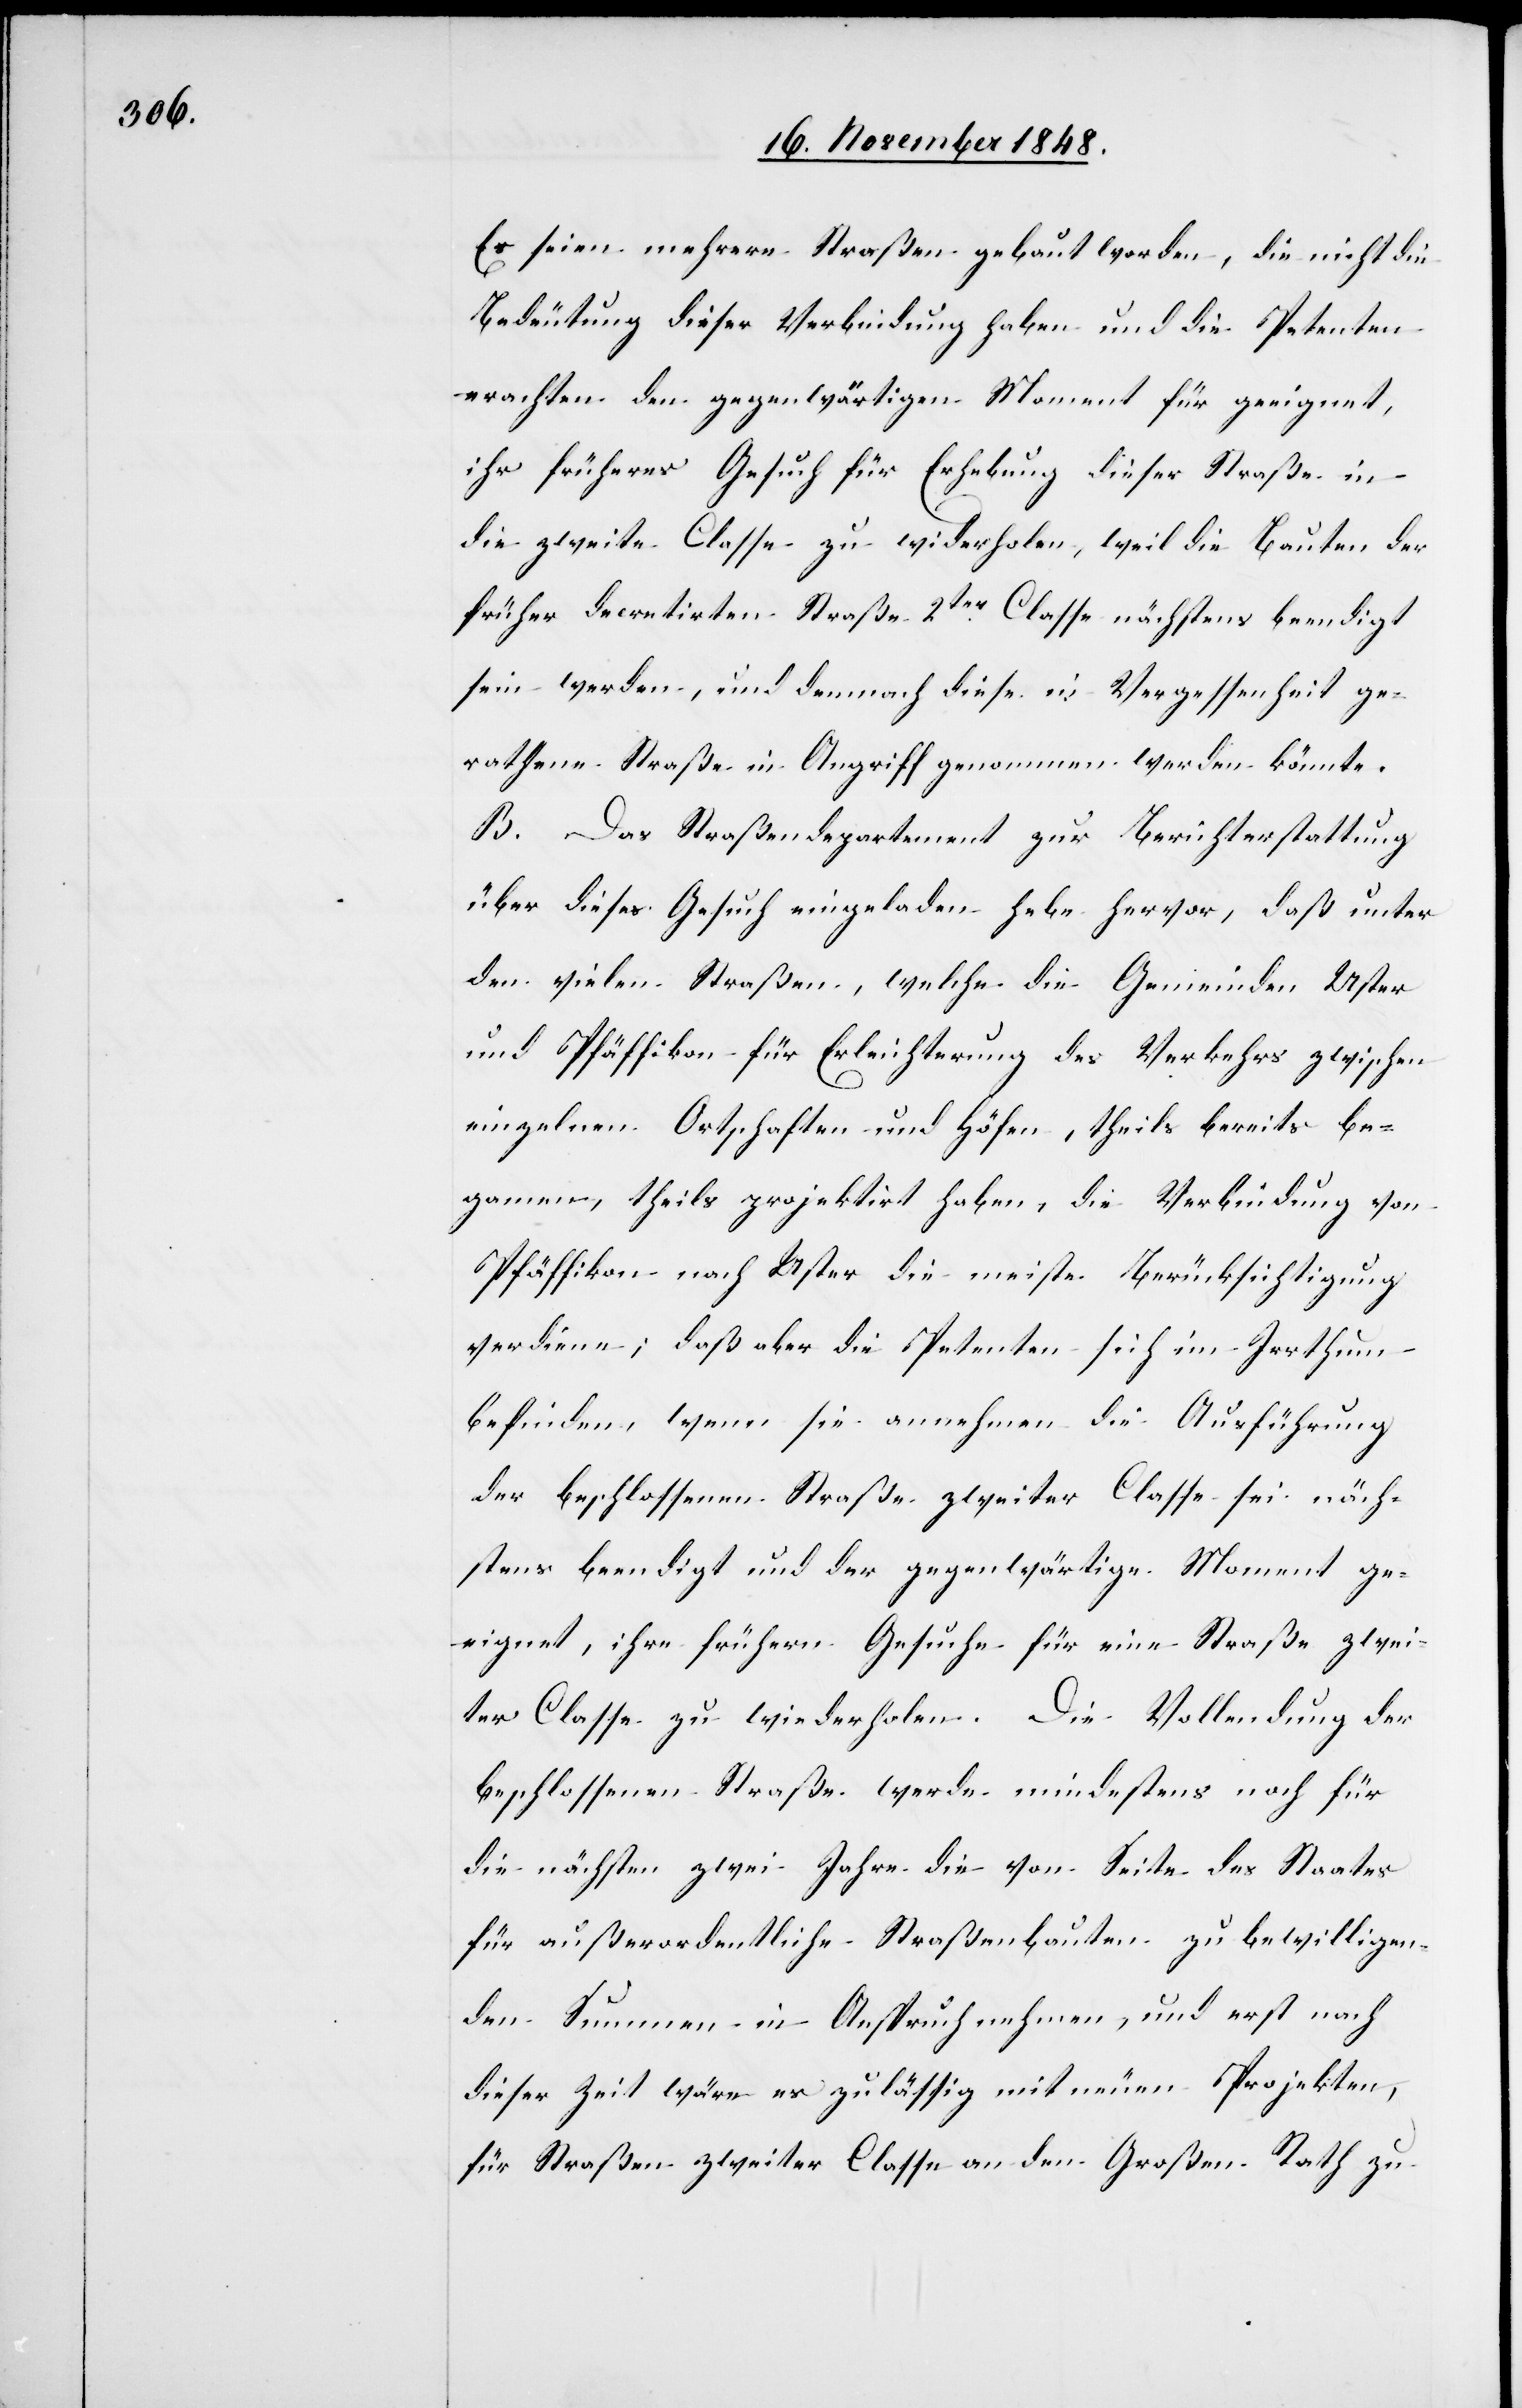
Es seien mehrere Straßen gebaut worden, die nicht die
Bedeutung dieser Verbindung haben und die Petenten
erachten den gegenwärtigen Moment für geeignet,
ihr früheres Gesuch der Erhebung dieser Straße in
die zweite Classe zu widerholen, weil die Bauten der
früher decretirten Straße 2ter Classe nächstens beendigt
sein werden, und demnach diese in Verzessenheit
gerathene Straße in Angriff genommen werden könnte.
B. Das Straßendepartement zur Berichterstattung
über dieses Gesuch eingeladen hebe hervor, daß unter
den vielen Straßen, welche die Gemeinden Uster
und Pfäffikon für Erleichterung des Verkehrs zwischen
einzelnen Ortschaften und Höfen, theils bereits be¬
gannen, theils projektirt haben, die Verbindung von
Pfäffikon nach Uster die meiste Berücksichtigung
verdiene; daß aber die Petenten sich im Irrthum
befinden, wenn sie annehmen die Ausführung
der beschlossenen Straße zweiter Classe sei näch¬
stens beendigt und der gegenwärtige Moment ge¬
eignet, ihre frühern Gesuche für eine Straße zwei¬
ter Classe zu wiederholen. Die Vollendung der
beschlossenen Straße werde mindestens noch für
die nächsten zwei Jahre die von Seite des Staates
für außerordentliche Straßenbauten zu bewilligen¬
den Summen in Anspruch nehmen, und erst nach
dieser Zeit wäre es zulässig mit neuen Projekten,
für Straßen zweiter Classe an den Großen Rath zu